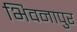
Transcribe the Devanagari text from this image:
भिवनापुर